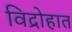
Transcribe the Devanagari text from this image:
विद्रोहात